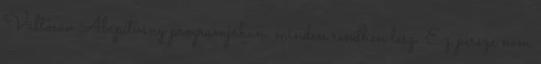
Váltósáv Alapítvány programjában. minden rendben lesz. Ez persze nem